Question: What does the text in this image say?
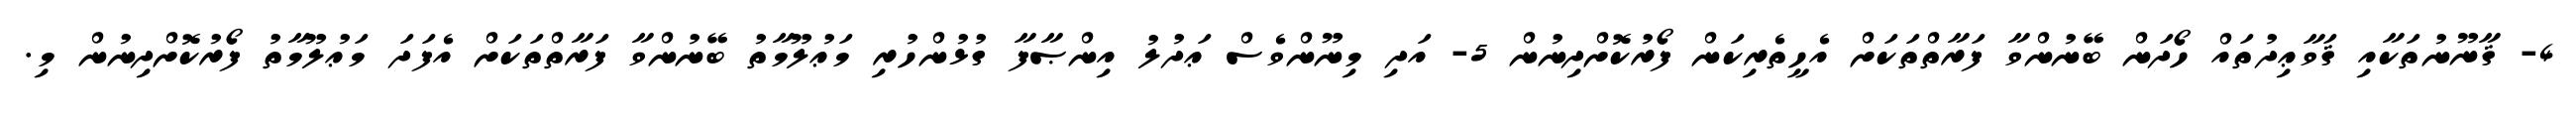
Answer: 4- ޤާނޫނުތަކާއި ޤަވާޢިދުތައް ހޯދަން ބޭނުންވާ ފަރާތްތަކަށް އެހީތެރިކަން ފޯރުކޮށްދިނުން 5- އަދި މިނޫންވެސް ޢަދުލު އިންޞާފާ ގުޅުންހުރި މަޢުލޫމާތު ބޭނުންވާ ފަރާތްތަކަށް އެފަދަ މަޢުލޫމާތު ފޯރުކޮށްދިނުން މި.